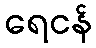
ရေငန်